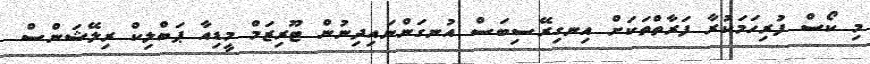
މި ކޯސް ފުރިހަމަކުރާ ފަރާތްތަކަށް އިނގިރޭސިބަސް އުނގަންނައިދިނުން ޓޫރިޒަމް މީޑިއާ ޕަބްލިކް ރިލޭޝަންސް